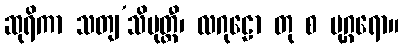
ဆုရိကာ သတျ’သိပုတ္တီ၊ လဂုဠော တု စ မုဂ္ဂရော။